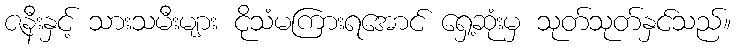
ဇနီးနှင့် သားသမီးများ ငိုသံမကြားရအောင် ရှေ့ဆုံးမှ သုတ်သုတ်နှင်သည်။